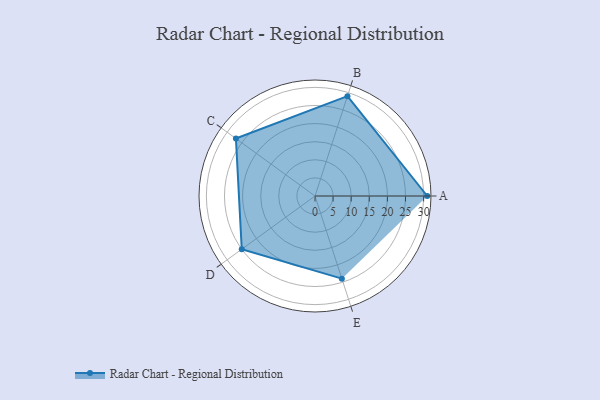
{"axis": {"x": "Skill", "y": "Score"}, "legend": ["Profile"], "data": [{"x": "A", "y": 31.0, "type": "Profile"}, {"x": "B", "y": 29.0, "type": "Profile"}, {"x": "C", "y": 27.0, "type": "Profile"}, {"x": "D", "y": 25.0, "type": "Profile"}, {"x": "E", "y": 24.0, "type": "Profile"}]}